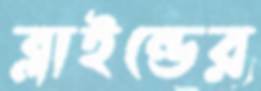
ব্লাইন্ডের